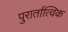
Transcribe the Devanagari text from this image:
पुरार्तात्विक